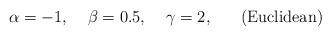
LaTeX: \begin{align*}\alpha=-1,\;\;\;\; \beta=0.5,\;\;\;\; \gamma=2,\;\;\;\;\;\;({\rm Euclidean})\end{align*}